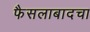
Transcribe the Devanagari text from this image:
फैसलाबादचा